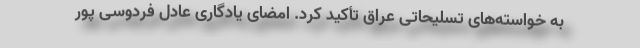
به خواسته‌های تسلیحاتی عراق تأکید کرد. امضای یادگاری عادل فردوسی پور